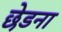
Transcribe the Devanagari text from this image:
छेडना